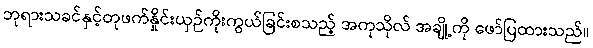
ဘုရားသခင်နှင့်တုဖက်နှိုင်းယှဉ်ကိုးကွယ်ခြင်းစသည့် အကုသိုလ် အချို့ကို ဖော်ပြထားသည်။